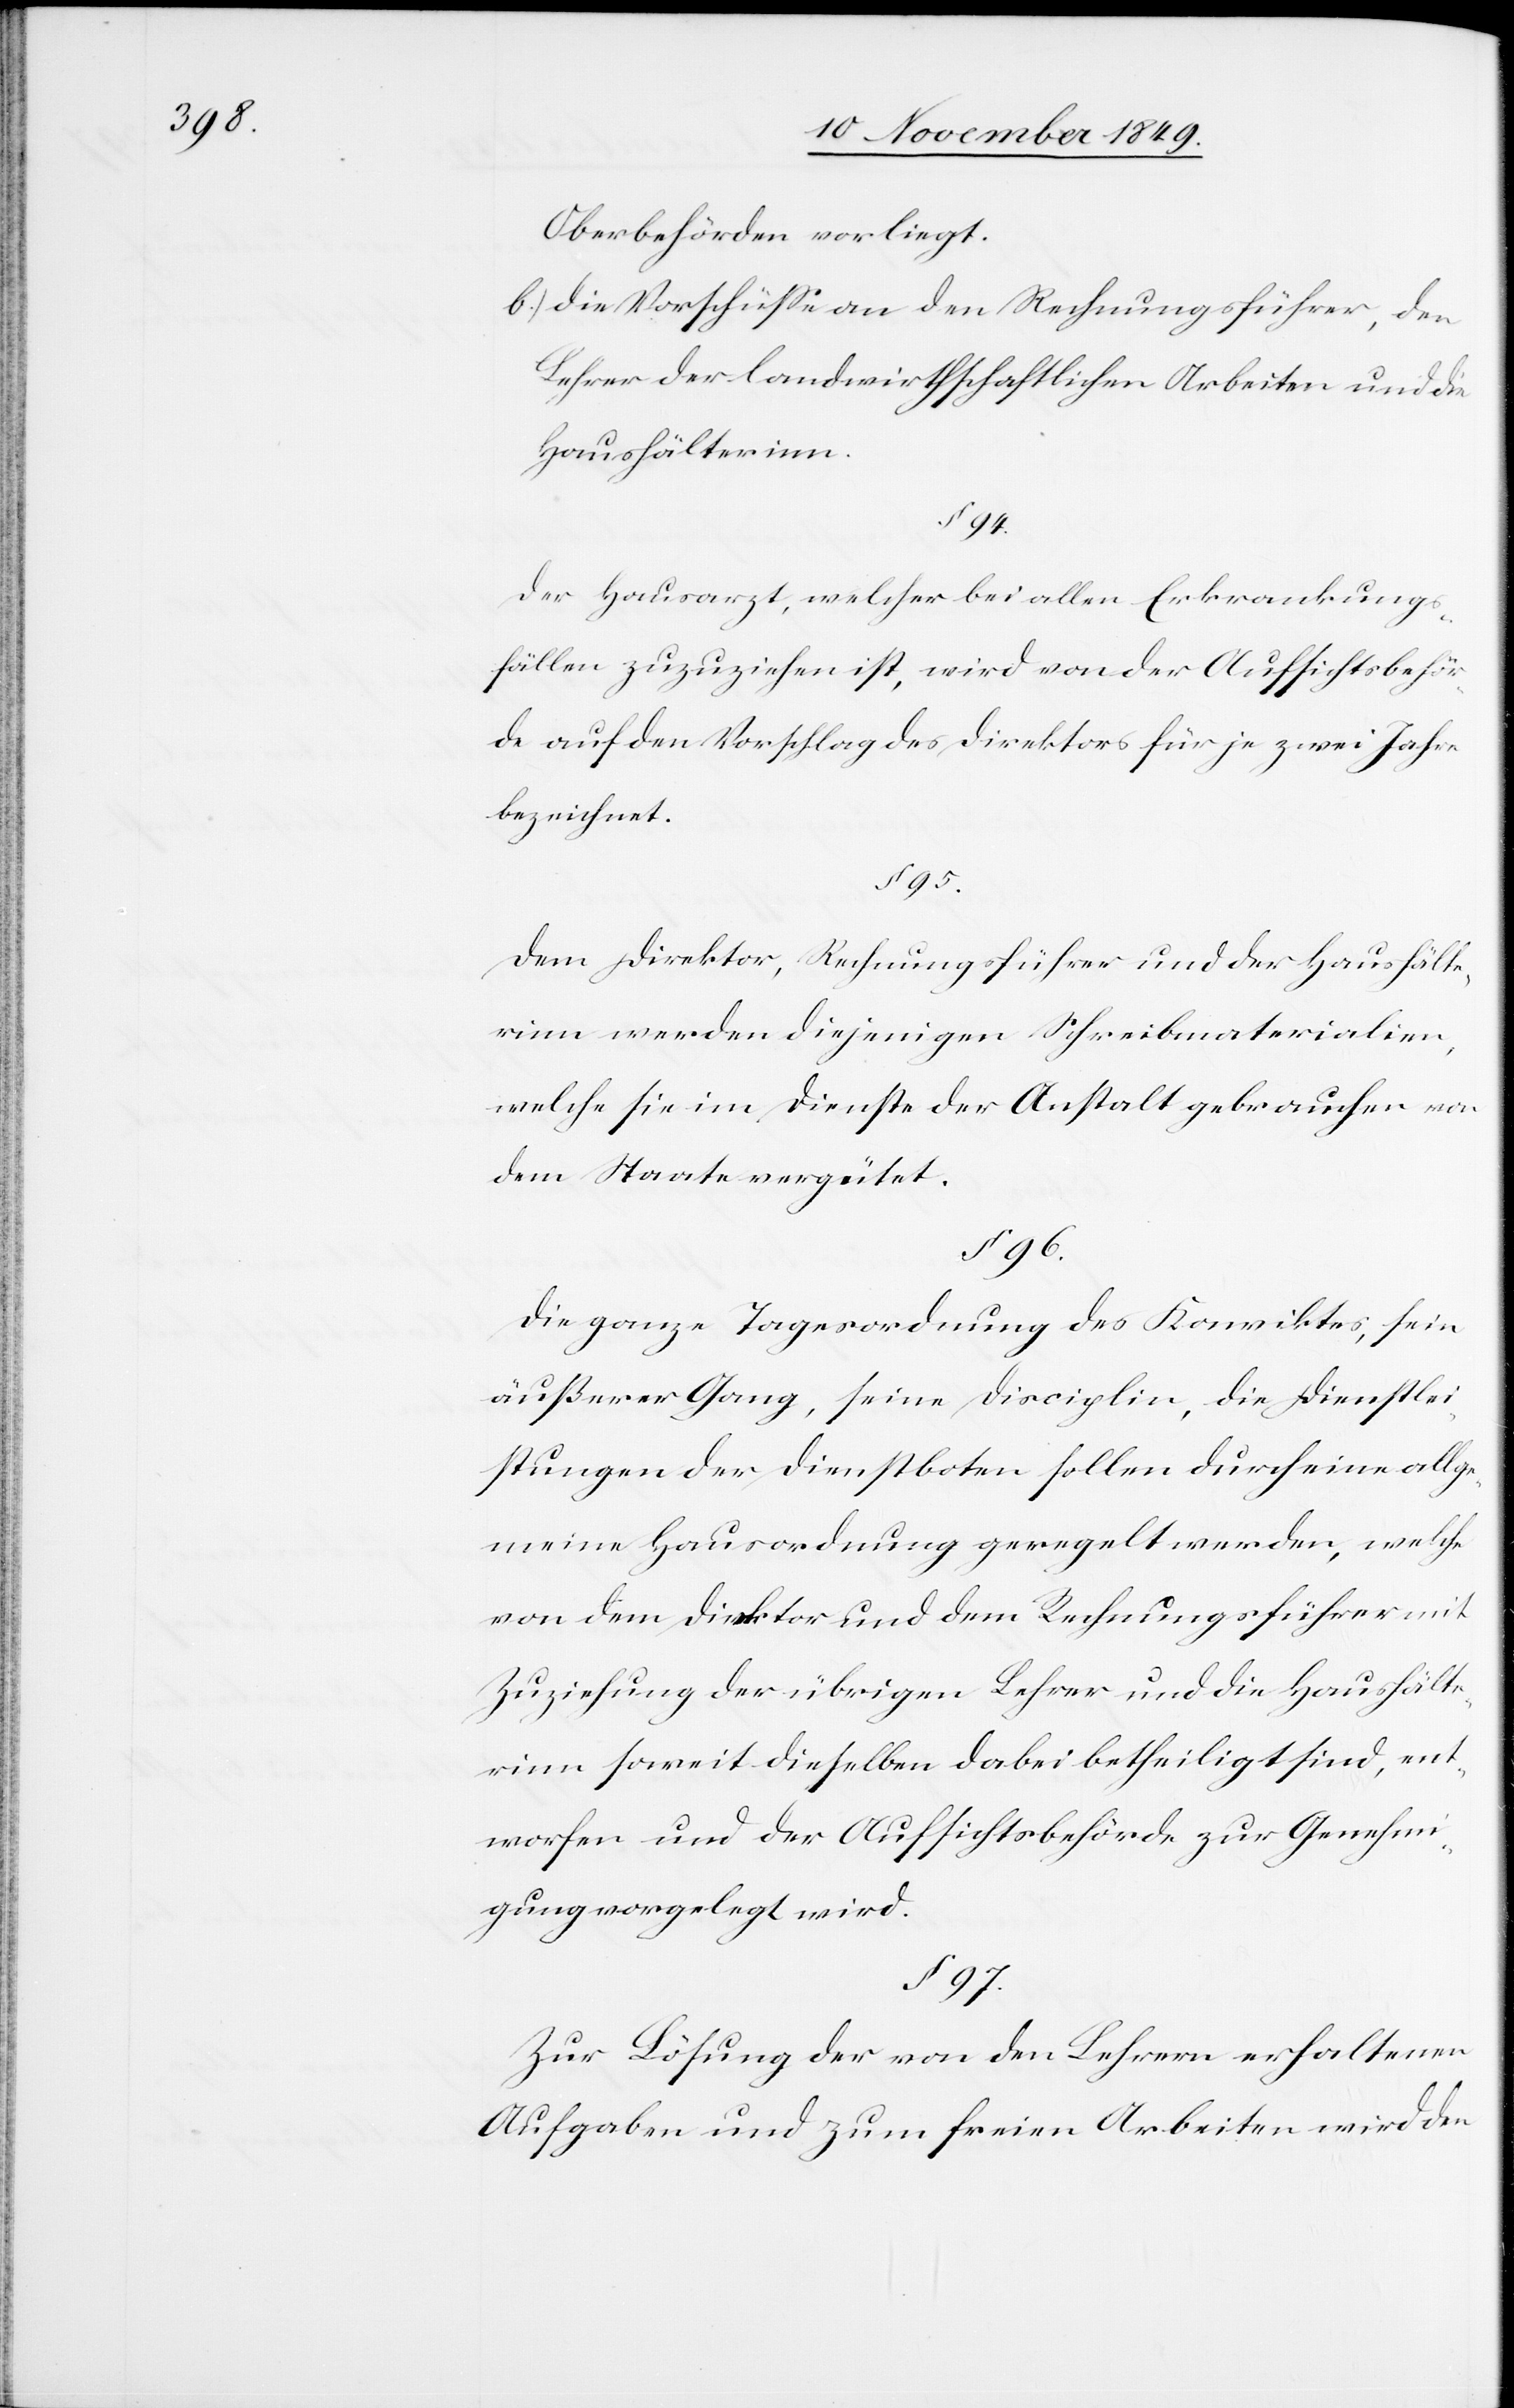
Oberbehörden vorliegt.
b) die Vorschüße an den Rechnungsführer, den
Lehrer der landwirthschaftlichen Arbeiten und die
Haushälterinn.
§ 94.
Der Hausarzt, welcher bei allen Erkrankungs¬
fällen zuzuziehen ist, wird von der Aufsichtsbehör¬
de auf den Vorschlag des Direktors für je zwei Jahre
bezeichnet.
§ 95.
Dem Direktor, Rechnungsführer und der Haushälte¬
rinn werden diejenigen Schreibmaterialien,
welche sie im Dienste der Anstalt gebrauchen von
dem Staate vergütet.
§ 96.
Die ganze Tagesordnung des Konviktes, sein
äußerer Gang, seine Disciplin, die Dienstlei¬
stungen der Dienstboten sollen durch eine allge¬
meine Hausordnung geregelt werden, welche
von dem Direktor und dem Rechnungsführer mit
Zuziehung der übrigen Lehrer und die Haushälte¬
rinn soweit dieselben dabei betheiligt sind, ent¬
worfen und der Aufsichtsbehörde zur Genehmi¬
gung vorgelegt wird.
§ 97.
Zur Lösung der von den Lehrern erhaltenen
Aufgaben und zum freien Arbeiten wird den